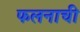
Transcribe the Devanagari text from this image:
फलनाची